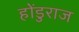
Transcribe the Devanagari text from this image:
होंडुराज